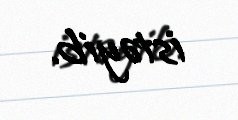
istəyib.